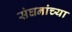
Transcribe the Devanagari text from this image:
संघनांच्या